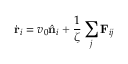
\dot { \mathbf { r } } _ { i } = v _ { 0 } \hat { \mathbf { n } } _ { i } + \frac { 1 } { \zeta } \sum _ { j } \mathbf { F } _ { i j }